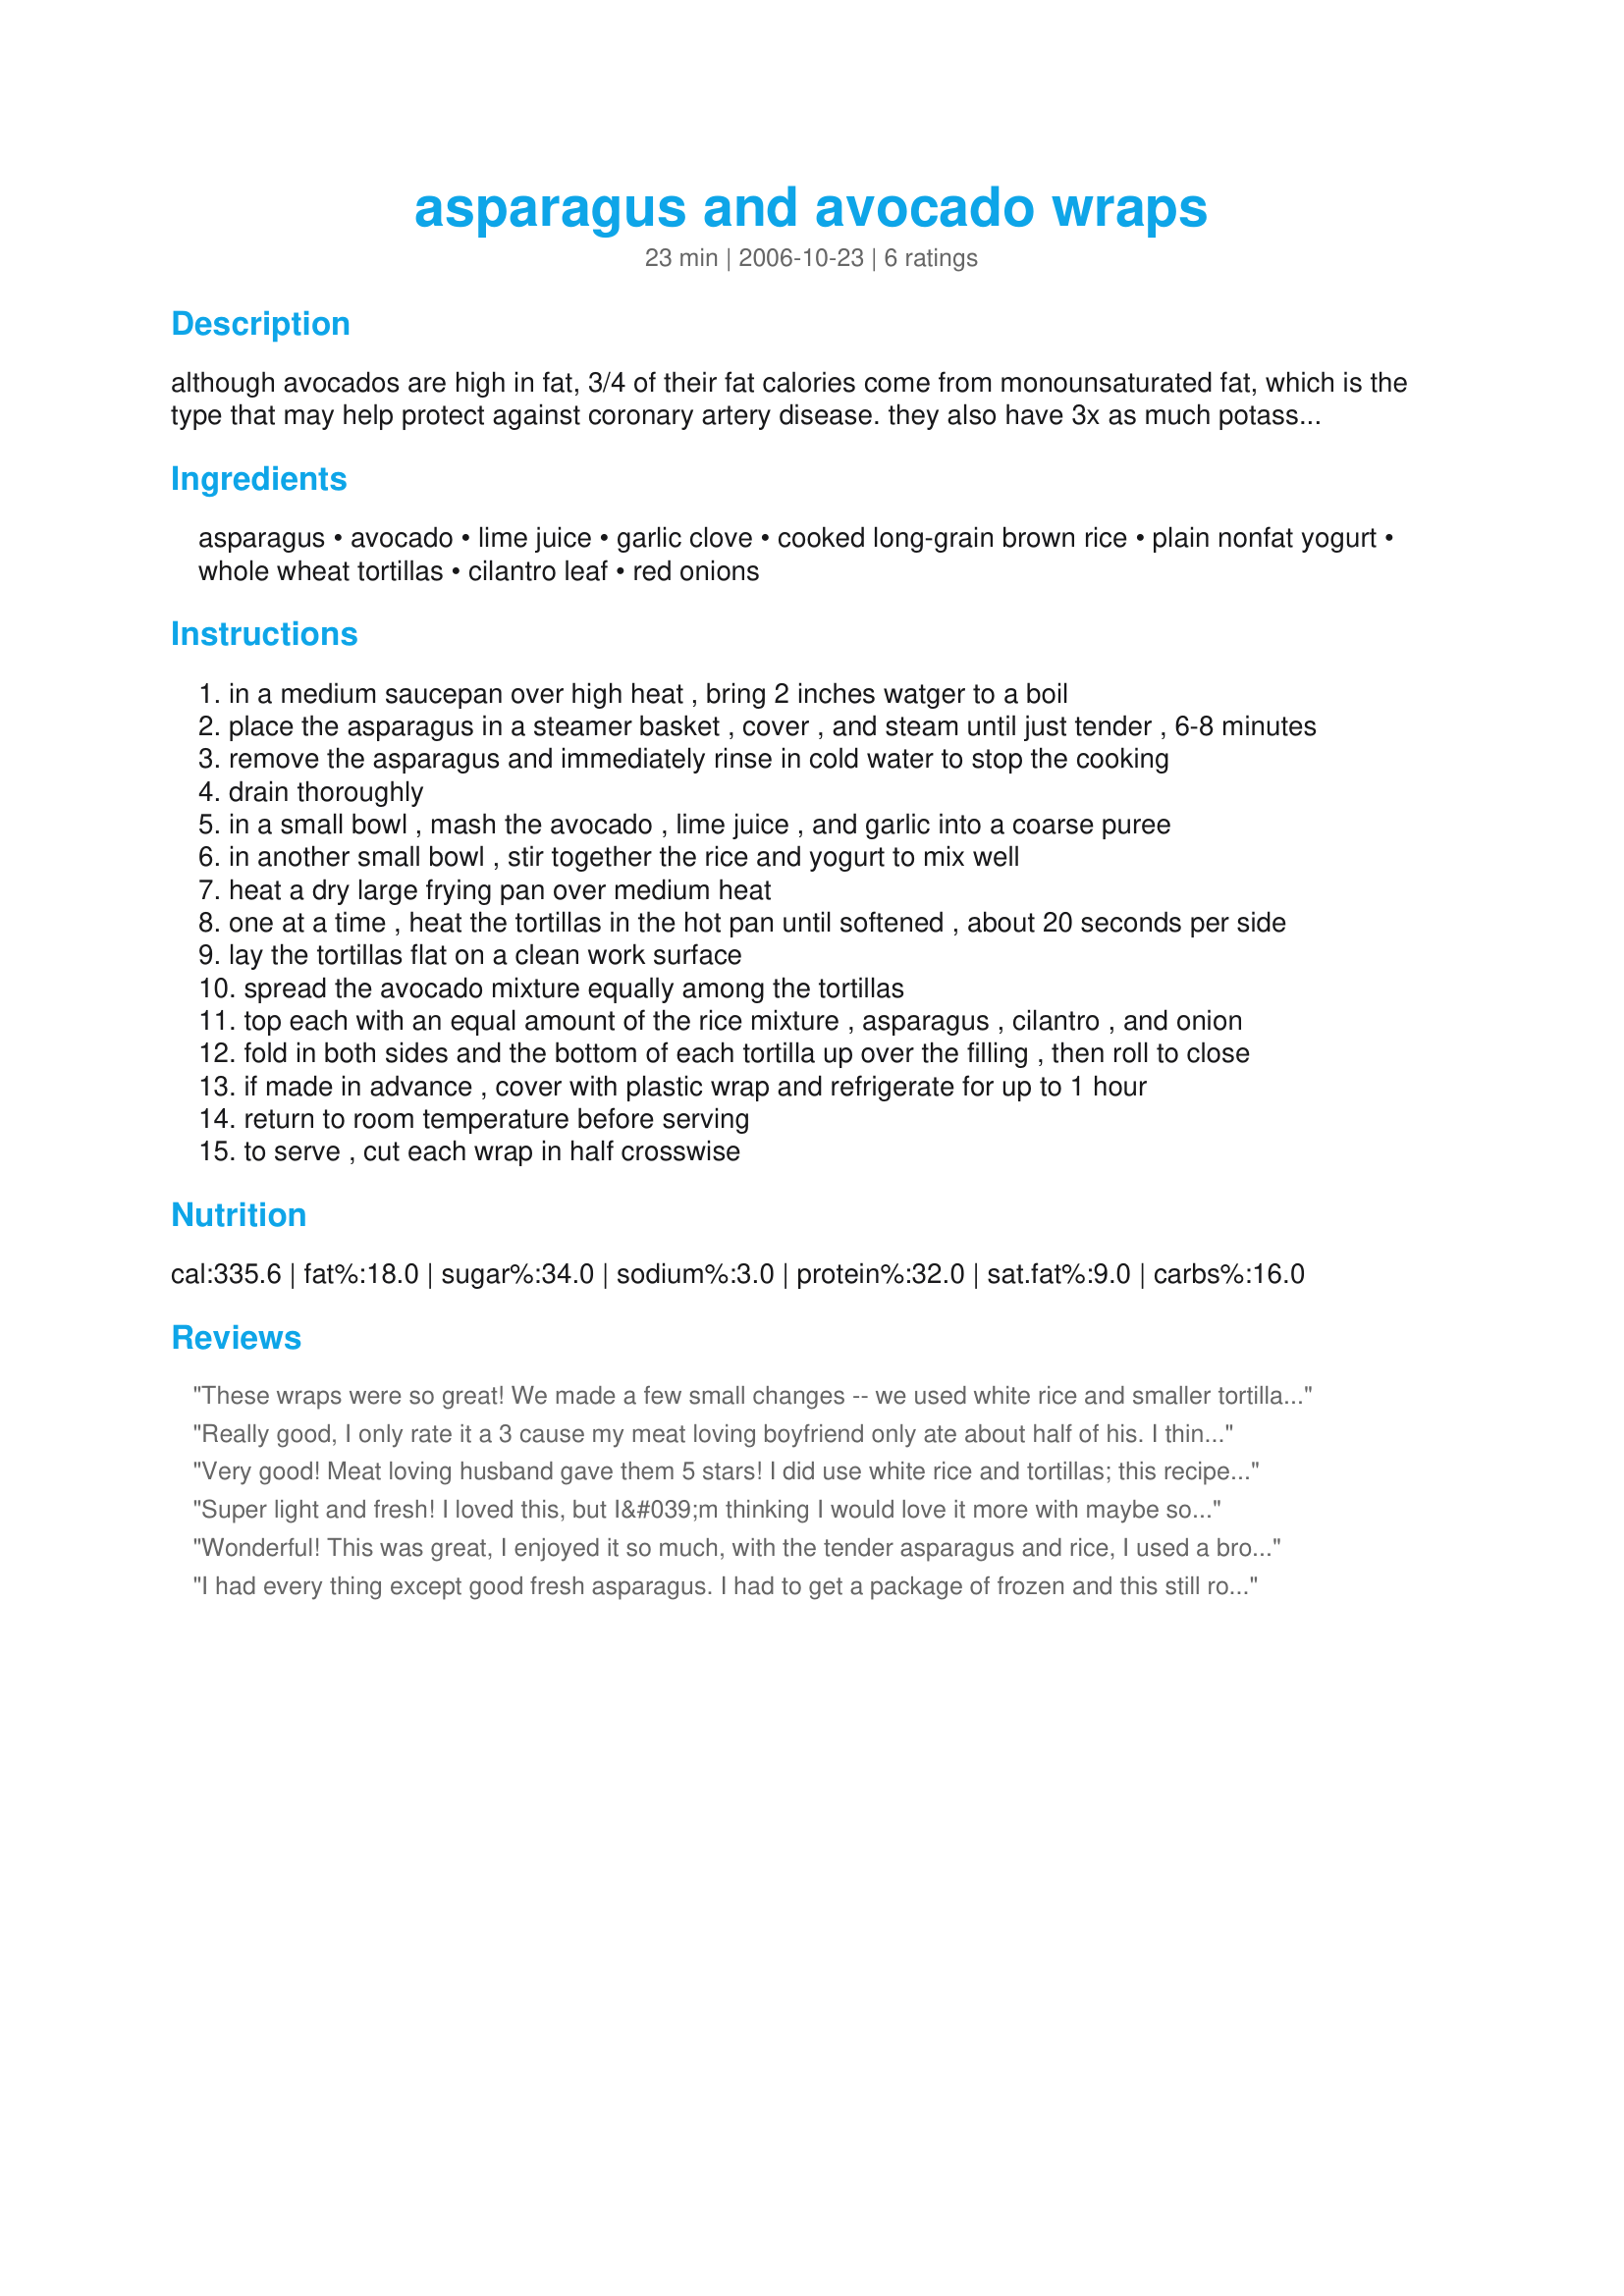
asparagus and avocado wraps
Preparation time: 23 minutes

although avocados are high in fat, 3/4 of their fat calories come from monounsaturated fat, which is the type that may help protect against coronary artery disease. they also have 3x as much potassium as a banana. so enjoy with out guilt this healthy recipe from "the mayo clinic williams sonoma cookbook."

Ingredients:
asparagus, avocado, lime juice, garlic clove, cooked long-grain brown rice, plain nonfat yogurt, whole wheat tortillas, cilantro leaf, red onions

Steps:
in a medium saucepan over high heat , bring 2 inches watger to a boil
place the asparagus in a steamer basket , cover , and steam until just tender , 6-8 minutes
remove the asparagus and immediately rinse in cold water to stop the cooking
drain thoroughly
in a small bowl , mash the avocado , lime juice , and garlic into a coarse puree
in another small bowl , stir together the rice and yogurt to mix well
heat a dry large frying pan over medium heat
one at a time , heat the tortillas in the hot pan until softened , about 20 seconds per side
lay the tortillas flat on a clean work surface
spread the avocado mixture equally among the tortillas
top each with an equal amount of the rice mixture , asparagus , cilantro , and onion
fold in both sides and the bottom of each tortilla up over the filling , then roll to close
if made in advance , cover with plastic wrap and refrigerate for up to 1 hour
return to room temperature before serving
to serve , cut each wrap in half crosswise

Reviews:
These wraps were so great! We made a few small changes -- we used white rice and smaller tortillas, and we mixed the onion, cilantro, and avocado all together. Because we used the smaller tortillas, this recipe yielded four instead of three. We will be eating this sandwich a lot in the upcoming summer months; it's refreshing and light, but still filling. Thanks for posting, Cookiedog!
Really good, I only rate it a 3 cause my meat loving boyfriend only ate about half of his. I think next time I'll add a few cold cuts to his. Thanks for posting.
Very good! Meat loving husband gave them 5 stars! I did use white rice and tortillas; this recipe made 4 wraps for us. I don't know how much asparagus I used, just an average bunch from the grocery store. I roasted the asparagus instead of steaming, and even so it was a little bit hard to eat, biting it out of the wrap like that. Next time I may cut the asparagus into 1-2 inch sections?
Super light and fresh! I loved this, but I&#039;m thinking I would love it more with maybe some cayenne and a little chili powder mixed in with the rice mixture and then adding some grated carrot and minced red bell pepper for added color and a little more flavor. I&#039;m excited to make this recipe again on a hot summer day. Thanks for sharing this healthy, unique and quick, keeper recipe!
Wonderful! This was great, I enjoyed it so much, with the tender asparagus and rice, I used a brown basmati mixed with wild rice, it gave the wrap some crunch which was quite nice. I did add a little extra natural yogurt just before I finished wrapping which was good. I also used a whole wheat flax tortilla. This is a definite healthy keeper.
I had every thing except good fresh asparagus. I had to get a package of frozen and this still rocked! What a wonderful lunch. This would be too perfect out on the deck in the summer and it's well accepted in Jan. The flavors are fresh and bright and lovely together. Easy to prepare and a real pleasure to munch.
